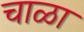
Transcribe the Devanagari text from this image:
चाळा